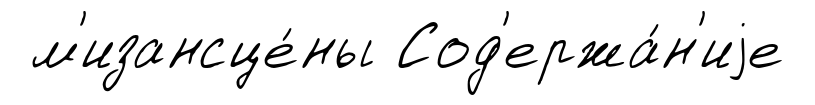
м'изансце́ны Сод'ержа́н'иjе